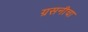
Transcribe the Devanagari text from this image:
ग्रसनीचा